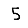
Digit: 5